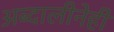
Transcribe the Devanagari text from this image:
अब्दालीनेही